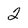
Character: 2